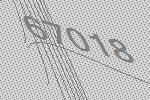
67018